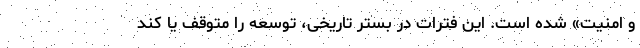
و امنیت» شده است. این فترات در بستر تاریخی، توسعه را متوقف یا کُند